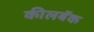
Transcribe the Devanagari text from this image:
कीलबॅक